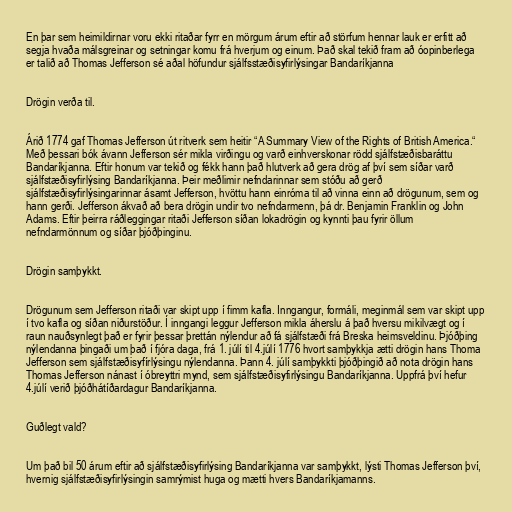
En þar sem heimildirnar voru ekki ritaðar fyrr en mörgum árum eftir að störfum hennar lauk er erfitt að
segja hvaða málsgreinar og setningar komu frá hverjum og einum. Það skal tekið fram að óopinberlega
er talið að Thomas Jefferson sé aðal höfundur sjálfsstæðisyfirlýsingar Bandaríkjanna

Drögin verða til.

Árið 1774 gaf Thomas Jefferson út ritverk sem heitir “A Summary View of the Rights of British America.“
Með þessari bók ávann Jefferson sér mikla virðingu og varð einhverskonar rödd sjálfstæðisbaráttu
Bandaríkjanna. Eftir honum var tekið og fékk hann það hlutverk að gera drög af því sem síðar varð
sjálfstæðisyfirlýsing Bandaríkjanna. Þeir meðlimir nefndarinnar sem stóðu að gerð
sjálfstæðisyfirlýsingarinnar ásamt Jefferson, hvöttu hann einróma til að vinna einn að drögunum, sem og
hann gerði. Jefferson ákvað að bera drögin undir tvo nefndarmenn, þá dr. Benjamin Franklin og John
Adams. Eftir þeirra ráðleggingar ritaði Jefferson síðan lokadrögin og kynnti þau fyrir öllum
nefndarmönnum og síðar þjóðþinginu.

Drögin samþykkt.

Drögunum sem Jefferson ritaði var skipt upp í fimm kafla. Inngangur, formáli, meginmál sem var skipt upp
í tvo kafla og síðan niðurstöður. Í inngangi leggur Jefferson mikla áherslu á það hversu mikilvægt og í
raun nauðsynlegt það er fyrir þessar þrettán nýlendur að fá sjálfstæði frá Breska heimsveldinu. Þjóðþing
nýlendanna þingaði um það í fjóra daga, frá 1. júlí til 4.júlí 1776 hvort samþykkja ætti drögin hans Thoma
Jefferson sem sjálfstæðisyfírlýsingu nýlendanna. Þann 4. júlí samþykkti þjóðþingið að nota drögin hans
Thomas Jefferson nánast í óbreyttri mynd, sem sjálfstæðisyfirlýsingu Bandaríkjanna. Uppfrá því hefur
4.júlí verið þjóðhátíðardagur Bandaríkjanna.

Guðlegt vald?

Um það bil 50 árum eftir að sjálfstæðisyfirlýsing Bandaríkjanna var samþykkt, lýsti Thomas Jefferson því,
hvernig sjálfstæðisyfirlýsingin samrýmist huga og mætti hvers Bandaríkjamanns.